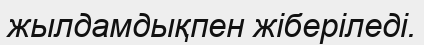
жылдамдықпен жіберіледі.